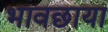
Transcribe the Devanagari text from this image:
भावछाया